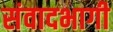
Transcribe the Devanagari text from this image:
संवादभागी